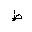
Letter: _da